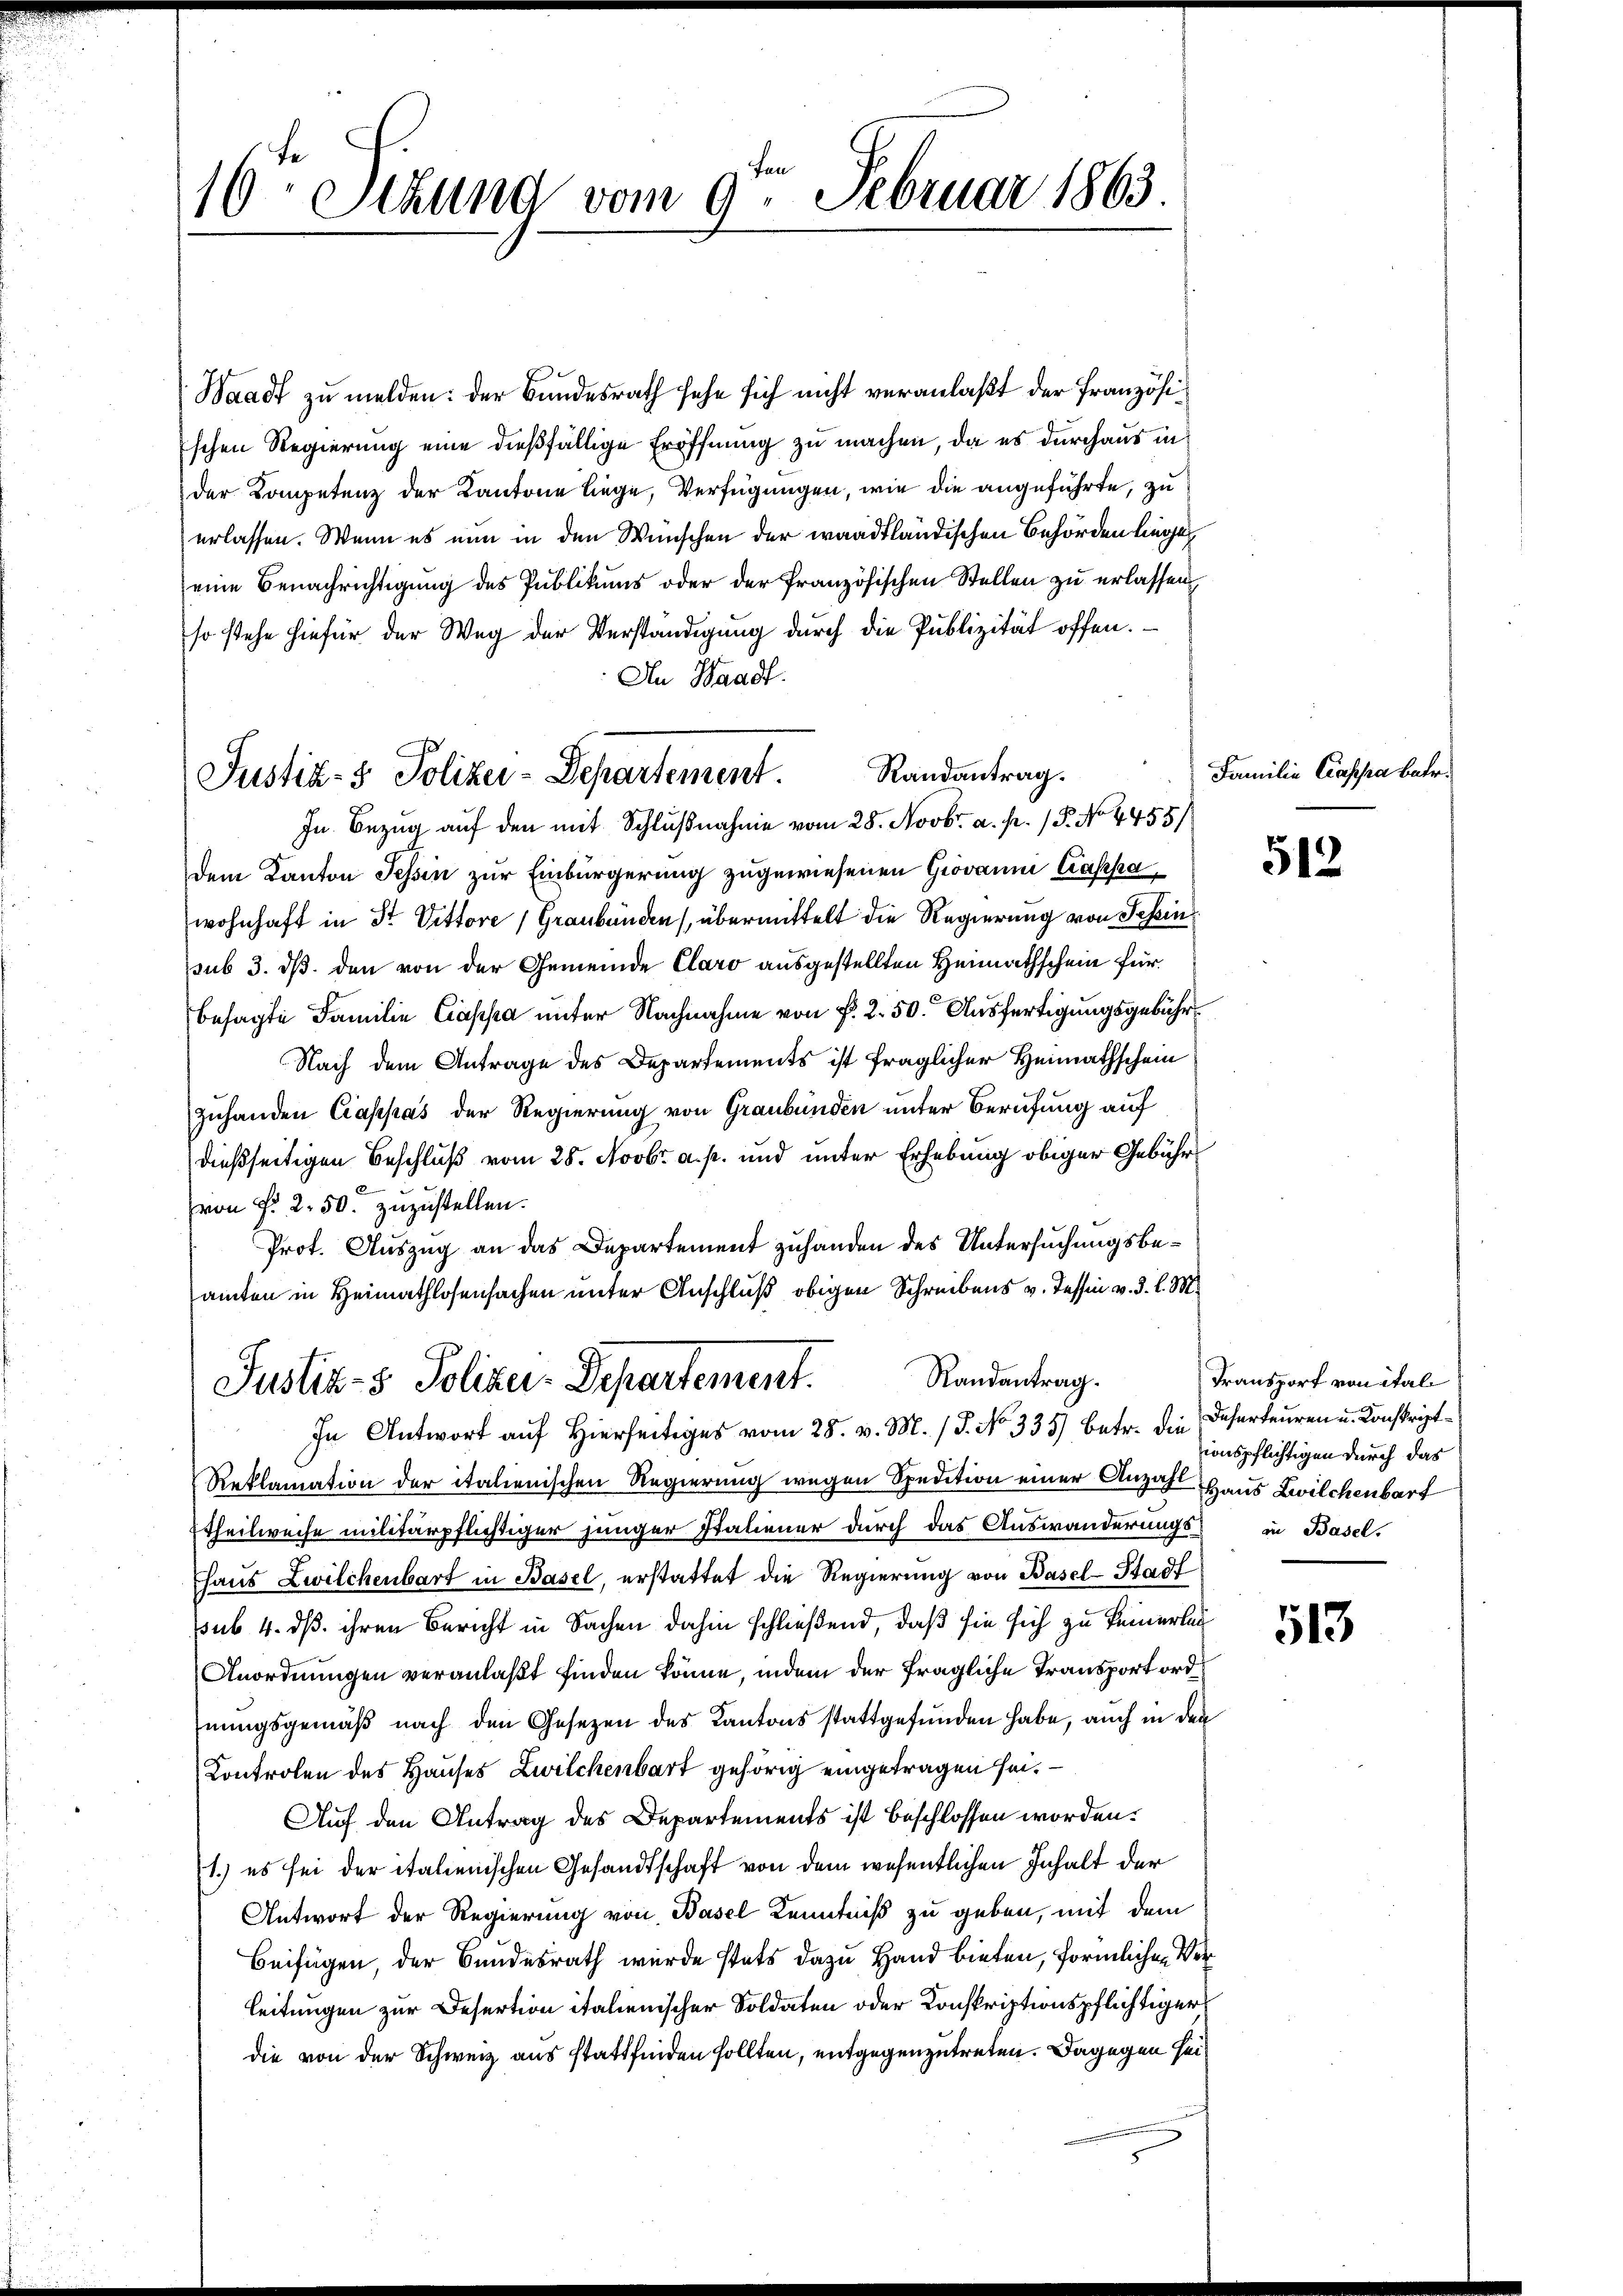
16. Sitzung vom 9. Februar 1863.

Justiz- & Polizei-Departement. Randantrag.

Waadt zu melden: der Bundesrath sehe sich nicht veranlaßt der Französischen Regierung eine dießfällige Eröffnung zu machen, da es durchaus in
der Kompetenz der Kantone liege, Verfügungen, wie die angeführte, zu
erlassen. Wenn es nun in den Wünschen der waadtländischen Behörden liege
eine Benachrichtigung des Publikums oder der französischen Stellen zu erlassen,
so stehe hiefür der Weg der Verständigung durch die Publizität offen.
An Waadt.
In Bezug auf den mit Schlußnahme vom 28. Novbr. a. p. 1 P. No 4455/
dem Kanton Sessen zur Einbürgerung zugewiesenen Giovann Caspa
wohnhaft in St. Vittore (Graubünden übermittelt die Regierung von Schinsub 3. ds. den von der Gemeinde Claro ausgestellten Heimathschein für
besagte Familie Cassa unter Nachnahme von P. 2. 50. Ausfertigungsgebühr
Nach dem Antrage des Departements ist fraglicher Heimathschein
zuhanden Cappas der Regierung von Graubünden unter Berufung auf
dießseitigen Beschluß vom 28. Novbr. a. p. und unter Erhebung obiger Gebühr
von §. 2. 50. zuzustellen.
Prot. Auszug an das Departement zuhanden des Untersuchungsbeamten in Heimathlosensachen unter Anschluß obigen Schreibens v. Tessin v. 3. l. M.
Justiz- & Polizei-Departement. Randantrag.
In Antwort auf Hiers vom 28. v. M. J. No 335) betr. die Deserteuren u. Konskript
Reklamation der italienischen Regierung wegen Spedition einer Anzahl Haus Zwilchenbart
ttheilweise militärpflichtiger junger Staliener durch das Auswanderungs- in Basel.
Chaus Zwilchenbart in Basel, erstattet die Regierung von Basel-Stadt
sub. 4. dß ihren Bericht in Sachen dahin schließend, daß sie sich zu keinerlan
Anordnungen veranlaßt finden könne, indem der fragliche Transport ordnungsgemäß nach den Gesetzen des Kantons stattgefunden habe, auch in den
Controlen des Hauses Zwilchenbart gehörig eingetragen sei.
Auf den Antrag des Departements ist beschlossen worden.
1.) es sei der italienischen Gesandtschaft von dem wesentlichen Inhalt der
Antwort der Regierung von Basel Kenntniß zu geben, mit dem
Beifügen, der Bundesrath wurde stets dazu Hand bieten, förmlichen Ver¬
Leitungen zur Desertion italienischer Soldaten oder Konskriptionspflichtiger
die von der Schweiz aus stattfinden sollten, entgegenzutreten. Dagegen sei¬

Familie Cassa betr.

512

513.

Transport von ital
ionspflichtigen durch das